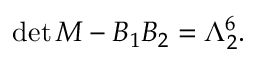
\mathrm { d e t } \, M - B _ { 1 } B _ { 2 } = \Lambda _ { 2 } ^ { 6 } . \nonumber